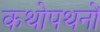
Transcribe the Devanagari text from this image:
कथोपथनों